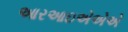
આરઆઇએએએ